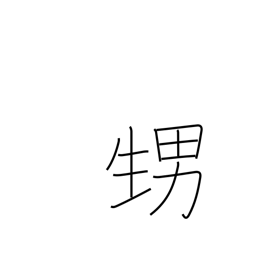
Meaning: nephew